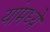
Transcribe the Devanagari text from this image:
यांमध्‍ये